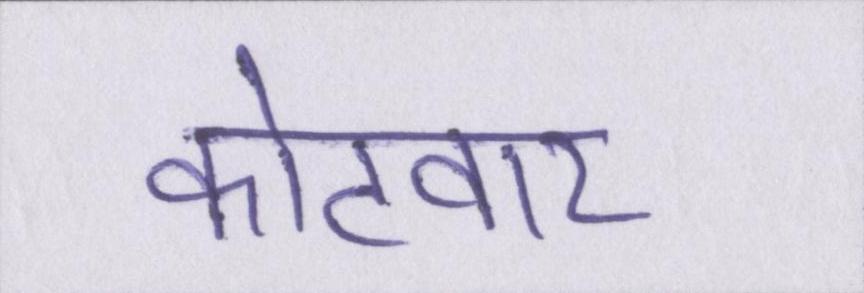
कोटवार